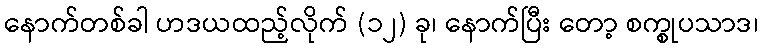
နောက်တစ်ခါ ဟဒယထည့်လိုက် (၁၂) ခု၊ နောက်ပြီး တော့ စက္စုပသာဒ၊